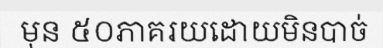
មុន ៥០ភាគរយដោយមិនបាច់